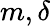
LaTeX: m,\delta